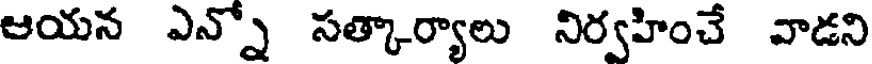
ఆయన ఎన్నో సత్కార్యాలు నిర్వహించే వాడని